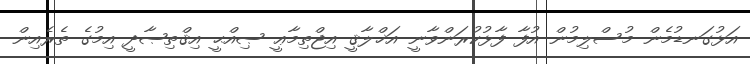
އަޅުގަނޑުމެން މުސްލިމުން އުފާ ފާޅުކުރަންވާނީ އަޚްލާޤީ އިޖްތިމާޢީ ޞިއްޙީ އިޤްތިޞާދީ އިމުގެ ތެރެއިން